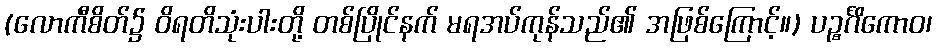
(လောကီစိတ်၌ ဝိရတိသုံးပါးတို့ တစ်ပြိုင်နက် မရအပ်ကုန်သည်၏ အဖြစ်ကြောင့်။) ပဉ္စင်္ဂိကောဝ၊